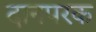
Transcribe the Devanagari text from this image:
दानपरक